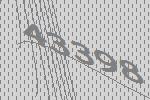
43398